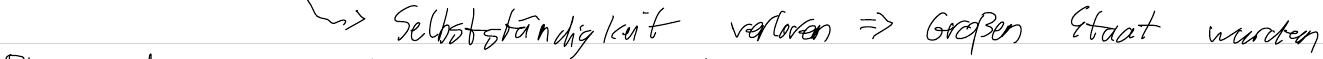
-> Selbstständigkeit verloren => Großen Staat wurden